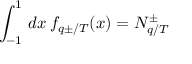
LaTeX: \int _ { - 1 } ^ { 1 } \, d x \, f _ { q \pm / T } ( x ) = N _ { q / T } ^ { \pm }